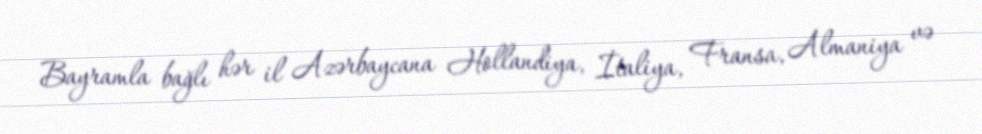
Bayramla bağlı hər il Azərbaycana Hollandiya, İtaliya, Fransa, Almaniya və